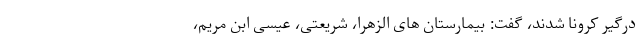
درگیر کرونا شدند، گفت: بیمارستان های الزهرا، شریعتی، عیسی ابن مریم،